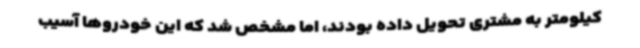
کیلومتر به مشتری تحویل داده بودند، اما مشخص شد که این خودروها آسیب